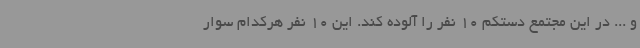
و ... در این مجتمع دستکم 10 نفر را آلوده کند. این 10 نفر هرکدام سوار